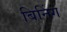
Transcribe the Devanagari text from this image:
बिनिंग